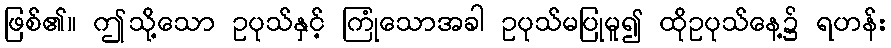
ဖြစ်၏။ ဤသို့သော ဥပုသ်နှင့် ကြုံသောအခါ ဥပုသ်မပြုမူ၍ ထိုဥပုသ်နေ့၌ ရဟန်း